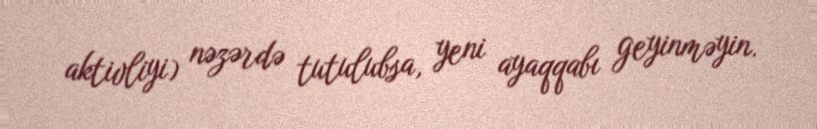
aktivliyi) nəzərdə tutulubsa, yeni ayaqqabı geyinməyin.